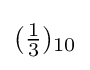
{\textstyle ({\frac {1}{3}})_{10}}